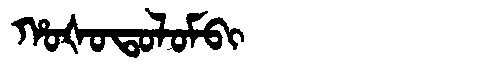
Manchu: ᡥᠣᡧᠣᡨᠣᠯᠣᠮᠪᡳ
Romanization: HOŠOTOLOMBI